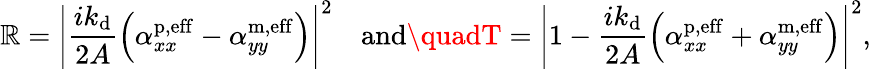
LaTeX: \mathbb{R}=\left\lvert\frac{{ik_{\mathrm{{d}}}}}{{2A}}\Bigl(\alpha_{xx}^{\mathrm{{p,eff}}}-\alpha_{yy}^{\mathrm{{m,eff}}}\Bigr)\right\rvert^{2}\quad\mathrm{{and}}\quadT=\left\lvert1-\frac{{ik_{\mathrm{{d}}}}}{{2A}}\Bigl(\alpha_{xx}^{\mathrm{{p,eff}}}+\alpha_{yy}^{\mathrm{{m,eff}}}\Bigr)\right\rvert^{2},